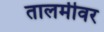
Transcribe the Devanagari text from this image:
तालमीवर